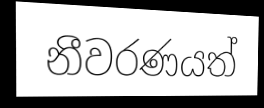
නීවරණයත්